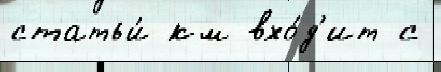
статьи́ км вхо́д'ит с